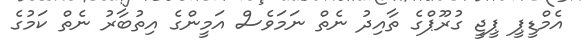
އެމްޑީޕީ ޕީޖީ ގުރޫޕްގެ ތާއިދު ނެތް ނަމަވެސް އަމީންގެ އިތުބާރު ނެތް ކަމުގެ